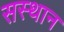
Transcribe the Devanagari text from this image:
सस्थान